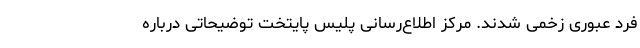
فرد عبوری زخمی شدند. مرکز اطلاع‌رسانی پلیس پایتخت توضیحاتی درباره